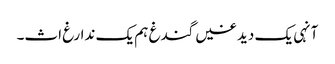
آنہی یک دیدغیں گندغ ہم یک ندارغ اث۔